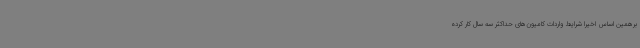
برهمین اساس اخیراً شرایط واردات کامیون‌های حداکثر سه سال کار کرده